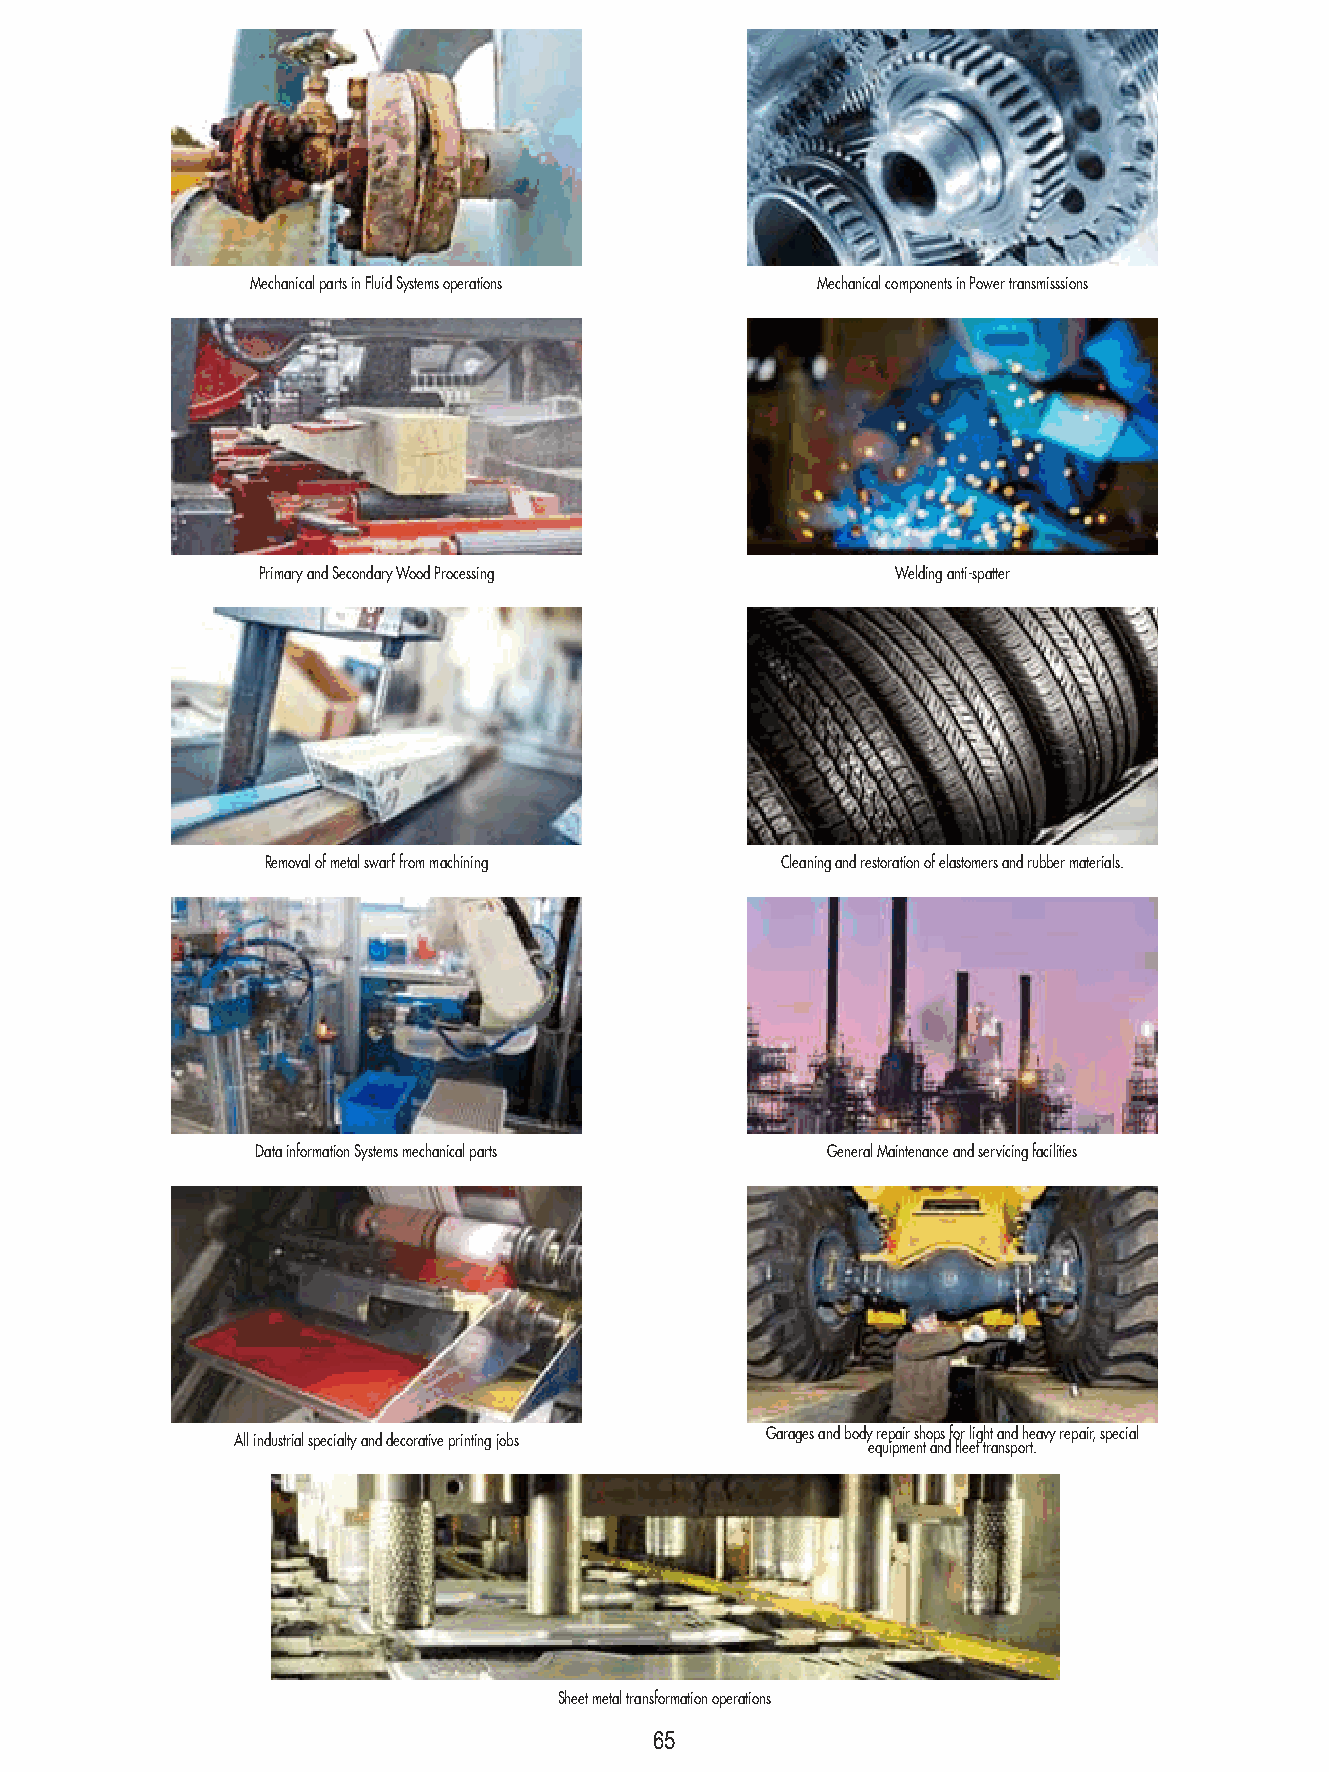
Mechanical parts in Fluid Systems operations Mechanical components in Power transmisssions
 Primary and Secondary Wood Processing     Welding anti-spatter
 Removal of metal swarf from machining Cleaning and restoration of elastomers and rubber materials.
 Data information Systems mechanical parts General Maintenance and servicing facilities
 Garages and body repair shops for light and heavy repair, special
 All industrial specialty and decorative printing jobs
 equipment and fleet transport.
 Sheet metal transformation operations
 65